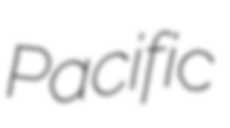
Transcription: Pacific